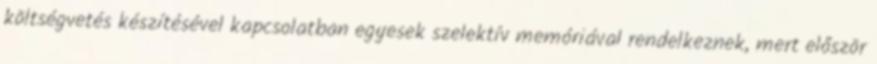
költségvetés készítésével kapcsolatban egyesek szelektív memóriával rendelkeznek, mert először